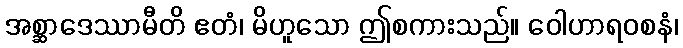
အစ္ဆာဒေဿာမီတိ ဧတံ၊ မိဟူသော ဤစကားသည်။ ဝေါဟာရဝစနံ၊